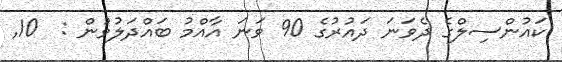
ކައުންސިލްގެ ދެވަނަ ދައުރުގެ 90 ވަނަ އާއްމު ބައްދަލުވުން :  10